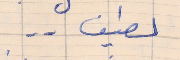
لطيف . .